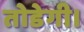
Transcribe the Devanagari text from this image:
तोडेगी।